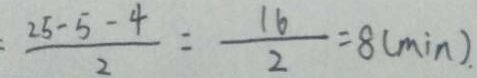
= \frac { 2 5 - 5 - 4 } { 2 } = \frac { 1 6 } { 2 } = 8 ( \min ) .